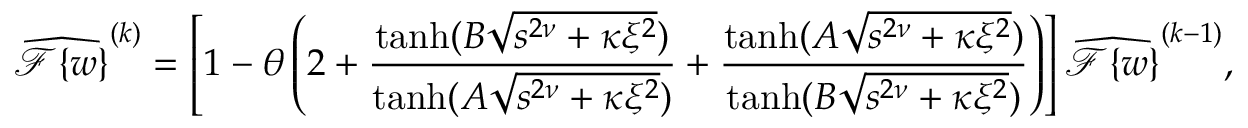
\widehat { \mathcal { F } \{ w \} } ^ { ( k ) } = \left[ 1 - \theta \left( 2 + \frac { \operatorname { t a n h } ( B \sqrt { s ^ { 2 \nu } + \kappa \xi ^ { 2 } } ) } { \operatorname { t a n h } ( A \sqrt { s ^ { 2 \nu } + \kappa \xi ^ { 2 } } ) } + \frac { \operatorname { t a n h } ( A \sqrt { s ^ { 2 \nu } + \kappa \xi ^ { 2 } } ) } { \operatorname { t a n h } ( B \sqrt { s ^ { 2 \nu } + \kappa \xi ^ { 2 } } ) } \right) \right] \widehat { \mathcal { F } \{ w \} } ^ { ( k - 1 ) } ,